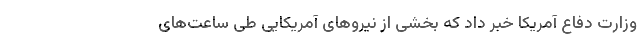
وزارت دفاع آمریکا خبر داد که بخشی از نیروهای آمریکایی طی ساعت‌های